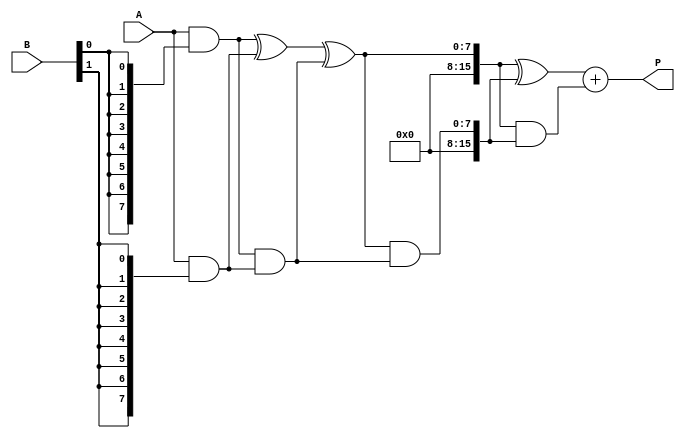
module wallace_tree_multiplier #(parameter N = 8) (
    input  [N-1:0] A,
    input  [N-1:0] B,
    output [2*N-1:0] P
);
    wire [N-1:0] pp [0:N-1]; // Partial products
    wire [2*N-1:0] sum [0:N-1]; // Sums at each stage
    wire [2*N-1:0] carry [0:N-1]; // Carries at each stage
    wire [2*N-1:0] final_sum, final_carry;

    // Generate partial products
    genvar i, j;
    generate
        for (i = 0; i < N; i = i + 1) begin: pp_gen
            assign pp[i] = A & {N{B[i]}};
        end
    endgenerate

    // Wallace tree reduction
    // Level 1 (Combine partial products)
    generate
        for (i = 0; i < N-1; i = i + 1) begin: level1
            if (i % 2 == 0) begin
                assign sum[i/2] = pp[i] ^ pp[i+1];
                assign carry[i/2] = pp[i] & pp[i+1];
            end
        end
    endgenerate

    // Level 2 (Combine sums and carries)
    generate
        for (i = 0; i < (N/2); i = i + 1) begin: level2
            assign sum[i] = sum[i] ^ carry[i];
            assign carry[i] = sum[i] & carry[i];
        end
    endgenerate

    // Final addition
    assign final_sum = sum[0] ^ carry[0];
    assign final_carry = sum[0] & carry[0];

    // Combine the final results
    assign P = final_sum + final_carry;

endmodule